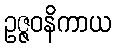
ဥဇ္ဇဝနိကာယ